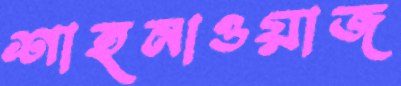
শাহনাওয়াজ